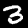
Digit: 3